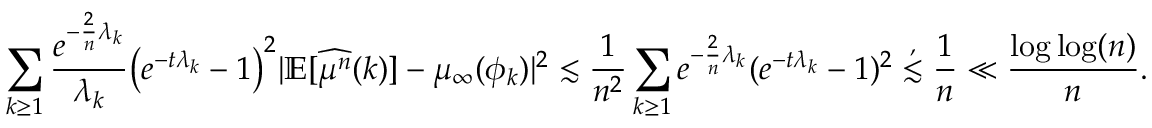
\sum _ { k \geq 1 } \frac { e ^ { - \frac { 2 } { n } \lambda _ { k } } } { \lambda _ { k } } \big ( e ^ { - t \lambda _ { k } } - 1 \big ) ^ { 2 } \vert \mathbb { E } [ \widehat { \mu ^ { n } } ( k ) ] - \mu _ { \infty } ( \phi _ { k } ) \vert ^ { 2 } \lesssim \frac { 1 } { n ^ { 2 } } \sum _ { k \geq 1 } e ^ { - \frac { 2 } { n } \lambda _ { k } } ( e ^ { - t \lambda _ { k } } - 1 ) ^ { 2 } \stackrel { , } { \lesssim } \frac { 1 } { n } \ll \frac { \log \log ( n ) } { n } .